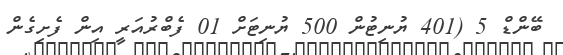
ބޭންޑް 5 (401 ޔުނިޓުން 500 ޔުނިޓަށް 01 ފެބްރުއަރީ އިން ފެށިގެން